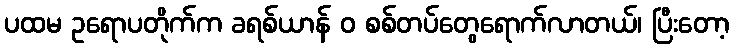
ပထမ ဥရောပတိုက်က ခရစ်ယာန် ဝ စစ်တပ်တွေရောက်လာတယ်၊ ပြီးတော့